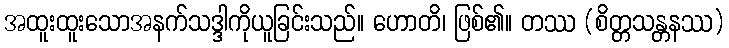
အထူးထူးသောအနက်သဒ္ဒါကိုယူခြင်းသည်။ ဟောတိ၊ ဖြစ်၏။ တဿ (စိတ္တသန္တနဿ)